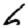
Digit: 6